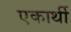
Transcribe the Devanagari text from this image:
एकार्थी